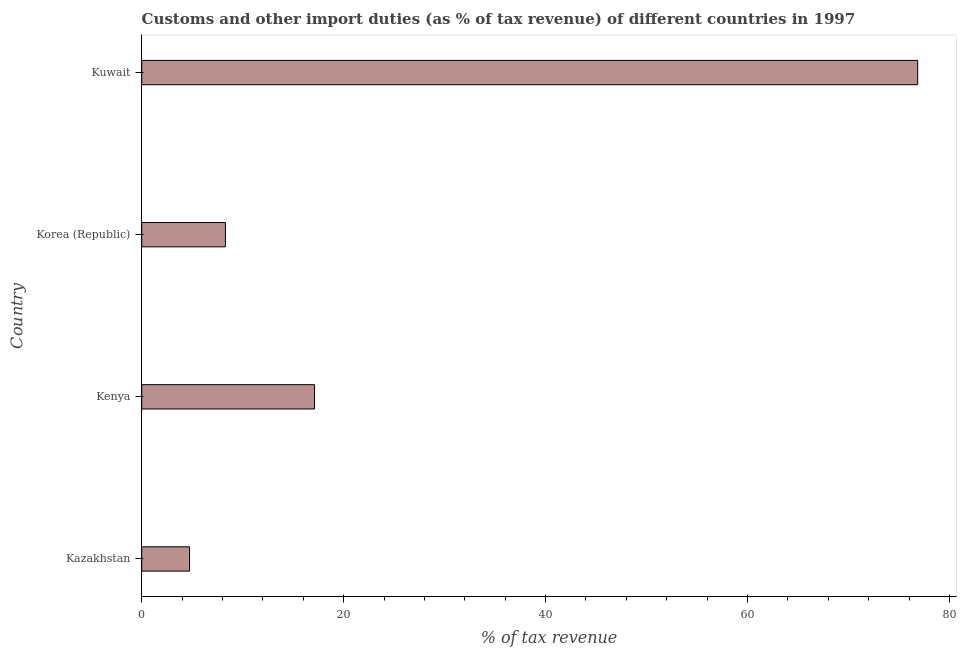
| Country | Customs and other import duties |
 | --- | --- |
 | Kazakhstan | 4.74 |
 | Kenya | 17.1 |
 | Korea (Republic) | 8.29 |
 | Kuwait | 76.9 |